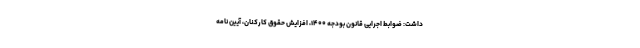
داشت: ضوابط اجرایی قانون بودجه ۱۴۰۰، افزایش حقوق کارکنان، آیین نامه